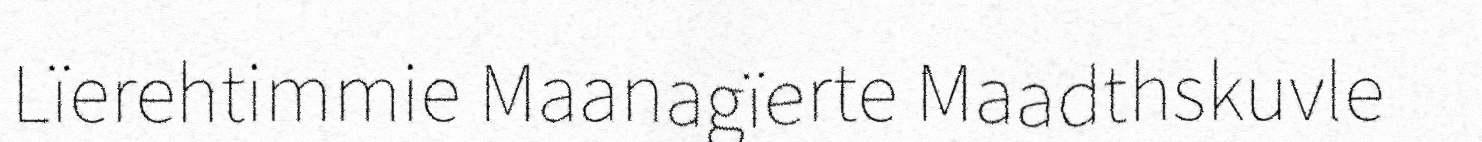
Lïerehtimmie Maanagïerte Maadthskuvle